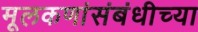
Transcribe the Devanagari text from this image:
मूलकणांसंबंधीच्या